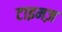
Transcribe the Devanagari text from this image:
टाइमज़